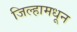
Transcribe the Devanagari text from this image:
जिल्हामधून